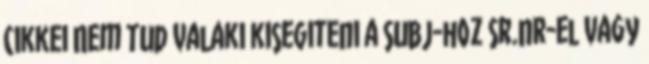
cikkei Nem tud valaki kisegiteni a subj-hoz sr.nr-el vagy